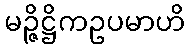
မဉ္ဇိဋ္ဌိကဥပမာဟိ